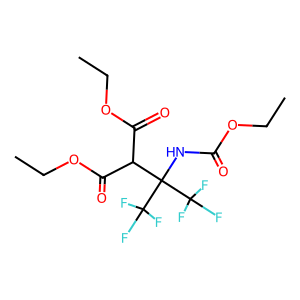
SMILES: CCOC(=O)NC(C(C(=O)OCC)C(=O)OCC)(C(F)(F)F)C(F)(F)F
Inhibits HIV replication: No